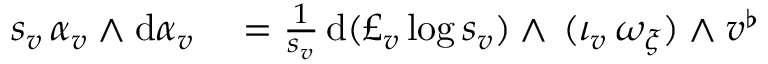
\begin{array} { r l } { s _ { v } \, \alpha _ { v } \wedge \mathrm { d } \alpha _ { v } } & { { } = \frac { 1 } { s _ { v } } \, \mathrm { d } ( \pounds _ { v } \log s _ { v } ) \wedge \, ( \iota _ { v } \, \omega _ { \xi } ) \wedge v ^ { \flat } } \end{array}